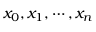
x _ { 0 } , x _ { 1 } , \cdots , x _ { n }